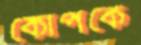
কোপকে